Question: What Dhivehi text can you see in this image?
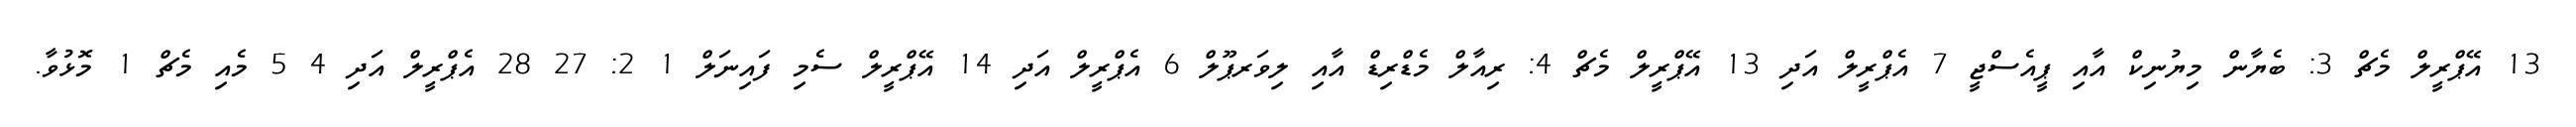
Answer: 13 އޭޕްރީލް މެޗް 3: ބެޔާން މިޔުނިކް އާއި ޕީއެސްޖީ 7 އެޕްރީލް އަދި 13 އޭޕްރީލް މެޗް 4: ރިއާލް މެޑްރިޑް އާއި ލިވަރޕޫލް 6 އެޕްރީލް އަދި 14 އޭޕްރީލް ސެމި ފައިނަލް 1 2: 27 28 އެޕްރީލް އަދި 4 5 މެއި މެޗް 1 މޮޅުވާ.